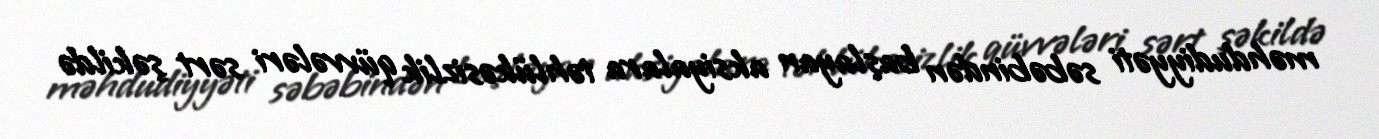
məhdudiyyəti səbəbindən başlayan aksiyalara təhlükəsizlik qüvvələri sərt şəkildə